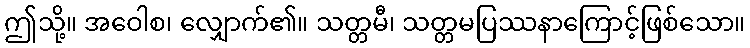
ဤသို့။ အဝေါစ၊ လျှောက်၏။ သတ္တမီ၊ သတ္တမပြဿနာကြောင့်ဖြစ်သော။